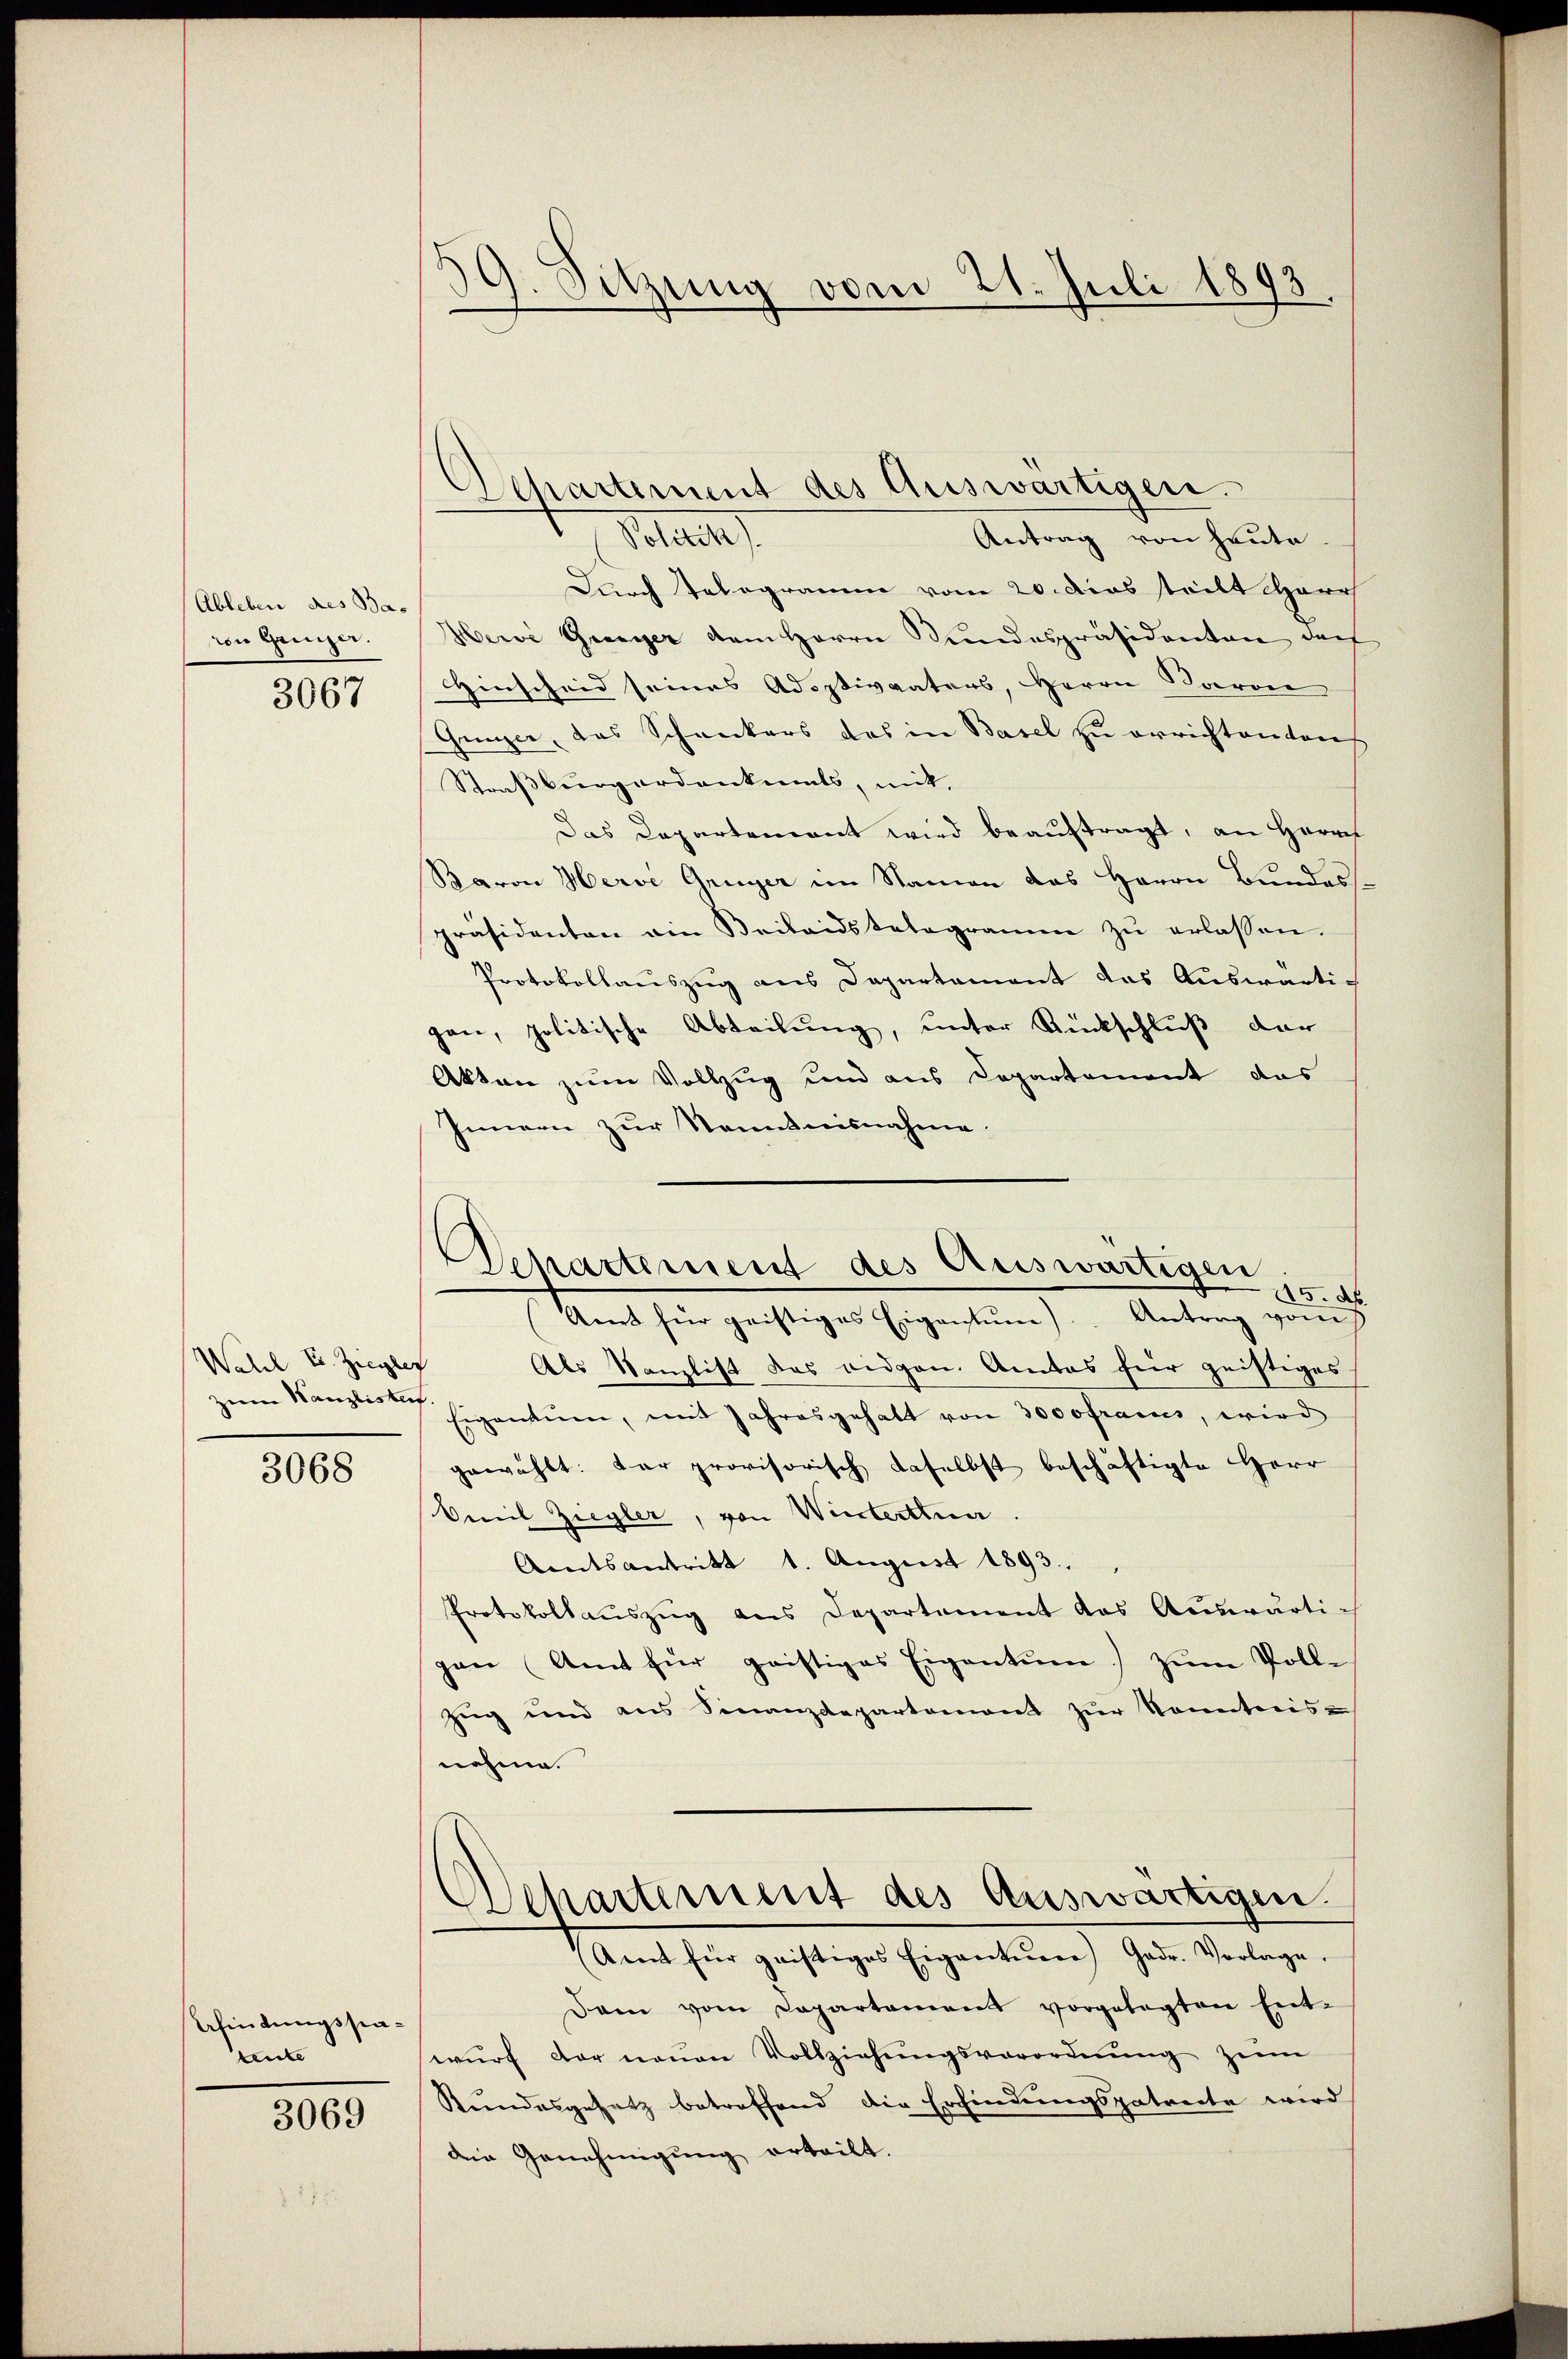
(Ableben des Ba-
von Grüger.

3067

Wahl E. Ziegler
zum Wanzlistet.

3068

Afindungsstarnte

3069

9. Sitzung vom 21. Juli 1893

Mla
Antrag von heute.
Durch Telegramm vom 20. Das teilt Herr
Hewi Greyer dem Herrn Kundespräsidenten darf
Hinscheid seines Adoptivvaters, Herrn Baron
Gunzer, das Schreckers das in Basel zu errichtenden
Straßburgerdankenats, mit,
Das Departement wird beaŭftragt, an Herrn
Baron Herve Gruyer im Namen das Herrn Bundes-
präsidenten ein Beilandstelegramm zŭ erlassen.
Protokollauszug aus Departamant das Auswärtigan, politische Abteilung, unter Rückschluß der
Akten zum Vollzug und aus Departement das
Innern zur Kenntnisnahme
Amt für geistiges Eigentum). Antrag vom
Als Kanzlist das eidgen. Amtes für geistiges
Eigentum, mit Jahresgehalt von 3000frais, wird
gewählt: Der provisorisch daselbst beschäftigte Herr
Omil Ziegler, von Winterttna
Amtsantritt 1. August 1893.
Protokollauszug aus Departement das Auswärtigen Amt für geistiges Eigentum) zŭm Voll-
Zug und ans Finanzdepartemont zŭr Sonnteris
nehme.
Alpartiment des Auswärtigen.
Amt für geistiges Eigentum) Gade. Vorlage.
Dam vom Departement vorgelegten Ent-
wŭrf der neuen Vollziehŭngsverordnŭng zum
Kundesgesetz betreffend die Erfindungspatrecte wird
de Genehmigung erteilt.

Departement des Auswärtigen.

Separtement des Auswärtigen
15. d.